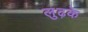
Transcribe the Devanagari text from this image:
लुढ़के